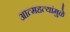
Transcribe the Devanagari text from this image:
आत्महत्यांमुळे